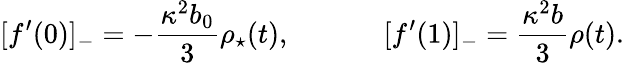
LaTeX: [f^{\prime}(0)]_{-}=-{\frac{\kappa^{2}b_{0}}{3}}\rho_{\star}(t),~~~~~~~~~~~~~[f^{\prime}(1)]_{-}={\frac{\kappa^{2}b}{3}}\rho(t).